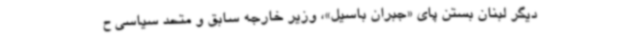
دیگر لبنان بستن پای «جبران باسیل»، وزیر خارجه سابق و متحد سیاسی ح